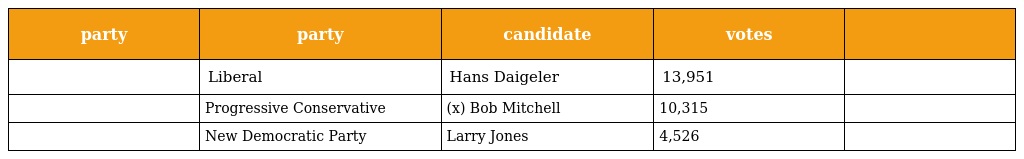
| party | party | candidate | votes |  |
 | --- | --- | --- | --- | --- |
 |  | Liberal | Hans Daigeler | 13,951 |  |
 |  | Progressive Conservative | (x) Bob Mitchell | 10,315 |  |
 |  | New Democratic Party | Larry Jones | 4,526 |  |